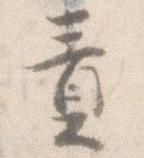
責